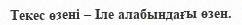
Текес өзені – Іле алабындағы өзен.